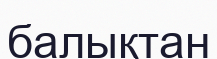
балықтан